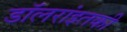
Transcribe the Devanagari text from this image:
डॉलरांइतकी